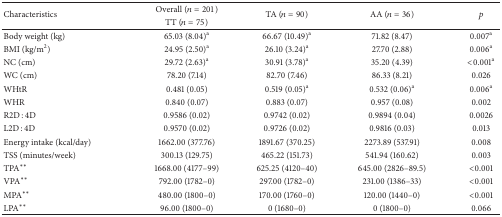
| <ROWSPAN=2> Characteristics | Overall (n = 201) | <ROWSPAN=2> TA (n = 90) | <ROWSPAN=2> AA (n = 36) | <ROWSPAN=2> p |
 | TT (n = 75) |
 | --- | --- | --- | --- | --- |
 | Body weight (kg) | 65.03 (8.04)a | 66.67 (10.49)a | 71.82 (8.47) | 0.007a |
 | BMI (kg/m2) | 24.95 (2.50)a | 26.10 (3.24)a | 27.70 (2.88) | 0.006a |
 | NC (cm) | 29.72 (2.63)a | 30.91 (3.78)a | 35.20 (4.39) | <0.001a |
 | WC (cm) | 78.20 (7.14) | 82.70 (7.46) | 86.33 (8.21) | 0.026 |
 | WHtR | 0.481 (0.05) | 0.519 (0.05)a | 0.532 (0.06)a | 0.006a |
 | WHR | 0.840 (0.07) | 0.883 (0.07) | 0.957 (0.08) | 0.002 |
 | R2D : 4D | 0.9586 (0.02) | 0.9742 (0.02) | 0.9894 (0.04) | 0.0026 |
 | L2D : 4D | 0.9570 (0.02) | 0.9726 (0.02) | 0.9816 (0.03) | 0.013 |
 | Energy intake (kcal/day) | 1662.00 (377.76) | 1891.67 (370.25) | 2273.89 (537.91) | 0.008 |
 | TSS (minutes/week) | 300.13 (129.75) | 465.22 (151.73) | 541.94 (160.62) | 0.003 |
 | TPA∗∗ | 1668.00 (4177–99) | 625.25 (4120–40) | 645.00 (2826–89.5) | <0.001 |
 | VPA∗∗ | 792.00 (1782–0) | 297.00 (1782–0) | 231.00 (1386–33) | <0.001 |
 | MPA∗∗ | 480.00 (1800–0) | 170.00 (1760–0) | 120.00 (1440–0) | <0.001 |
 | LPA∗∗ | 96.00 (1800–0) | 0 (1680–0) | 0 (1800–0) | 0.066 |